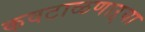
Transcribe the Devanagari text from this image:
कवटाळणाऱ्या